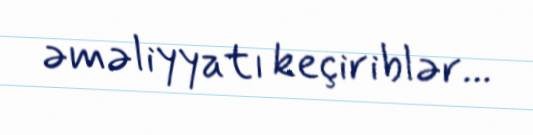
əməliyyatı keçiriblər...